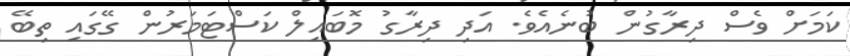
ކަމަށް ވެސް ދިރާގުން ބުނެއެވެ. އަދި ދިރާގު މޮބައިލް ކަސްޓަމަރުން ގޭގައި ތިބޭ